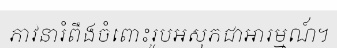
ភាវនារំពឹងចំពោះរូបអសុភជាអារម្មណ៍។